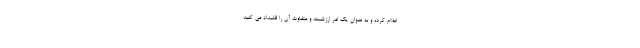
اعلام کرده و به عنوان یک امر ارزشمند و متفاوت آن را قلمداد می کنید